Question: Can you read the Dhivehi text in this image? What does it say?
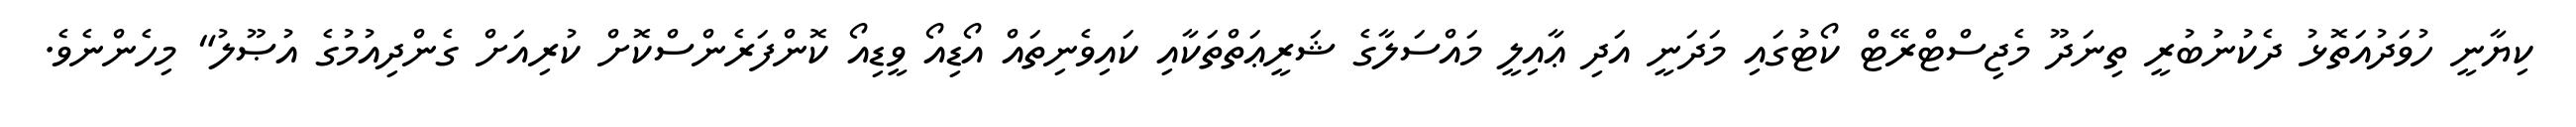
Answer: ކިޔާނީ ހުވަދުއަތޮޅު ދެކުނުބުރީ ތިނަދޫ މެޖިސްޓްރޭޓް ކޯޓުގައި މަދަނީ އަދި ޢާއިލީ މައްސަލާގެ ޝަރީޢަތްތަކާއި ކައިވެނިތައް އޯޑިއޯ ވީޑިއޯ ކޮންފަރެންސްކޮށް ކުރިއަށް ގެންދިއުމުގެ އުޞޫލު" މިހެންނެވެ.